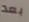
بعد